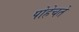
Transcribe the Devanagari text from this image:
पोहेचते